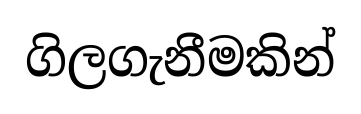
ගිලගැනීමකින්